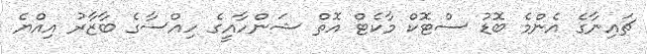
ޗައިނާގެ އެންމެ ބޮޑު ސްޓޮކް މާކެޓް އޮތް ޝަންހާއީގެ ހިއްސާގެ ބާޒާރު އިއްޔެ